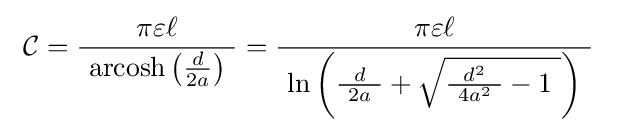
\ {\mathcal {C}}={\frac {\pi \varepsilon \ell }{\ \operatorname {arcosh} \left({\frac {d}{2a}}\right)\ }}={\frac {\pi \varepsilon \ell }{\ \ln \left({\frac {d}{\ 2a\ }}+{\sqrt {{\frac {d^{2}}{\ 4a^{2}\ }}-1\ }}\right)\ }}\